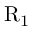
\mathrm { R _ { 1 } }